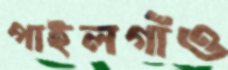
পাইলগাঁও